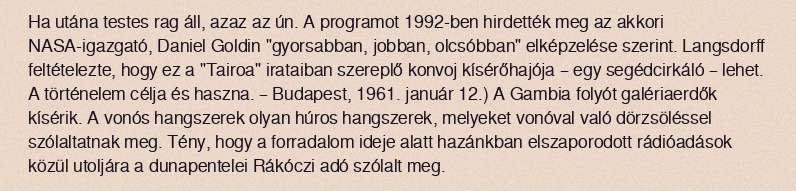
Ha utána testes rag áll, azaz az ún. A programot 1992-ben hirdették meg az akkori NASA-igazgató, Daniel Goldin "gyorsabban, jobban, olcsóbban" elképzelése szerint. Langsdorff feltételezte, hogy ez a "Tairoa" irataiban szereplő konvoj kísérőhajója – egy segédcirkáló – lehet. A történelem célja és haszna. – Budapest, 1961. január 12.) A Gambia folyót galériaerdők kísérik. A vonós hangszerek olyan húros hangszerek, melyeket vonóval való dörzsöléssel szólaltatnak meg. Tény, hogy a forradalom ideje alatt hazánkban elszaporodott rádióadások közül utoljára a dunapentelei Rákóczi adó szólalt meg.